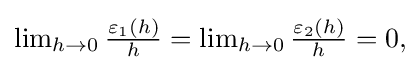
{\textstyle \lim _{h\to 0}{\frac {\varepsilon _{1}(h)}{h}}=\lim _{h\to 0}{\frac {\varepsilon _{2}(h)}{h}}=0,}